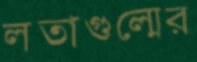
লতাগুল্মের